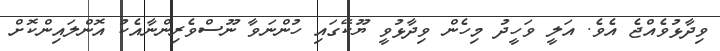
ވިދާޅުވެއްޖެ އެވެ. އަލީ ވަހީދު މިހެން ވިދާޅުވީ ޔޫކޭގައި ހުންނަވާ ނޫސްވެރިންނާއެކު އޮންލައިންކޮށް